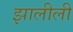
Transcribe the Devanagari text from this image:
झालीली